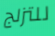
للتزلج